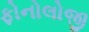
ફોનોલોજી